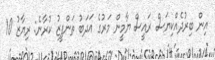
އިން ބިރުދެއްކިޔަސް ރައީސް ޔާމީން މަރުގެ އަދަބު ތަންފީޒު ކުރާނެ: ރިޔާޒު 10